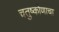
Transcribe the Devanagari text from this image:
चतुष्कोणाचा